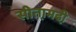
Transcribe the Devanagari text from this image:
सीता़मढी़